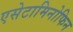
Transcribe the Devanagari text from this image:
एसेटामिनोफिन